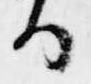
る